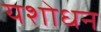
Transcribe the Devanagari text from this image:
यशोधन